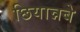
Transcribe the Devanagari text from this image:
छियान्नबे